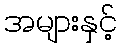
အများနှင့်